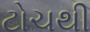
ટોચથી